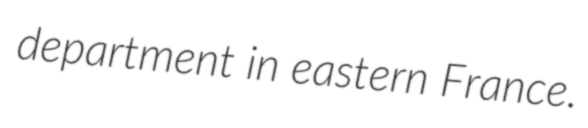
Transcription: department in eastern France.